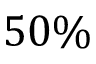
5 0 \%